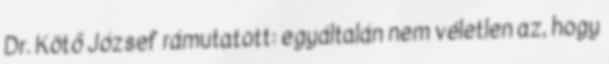
Dr. Kötő József rámutatott: egyáltalán nem véletlen az, hogy